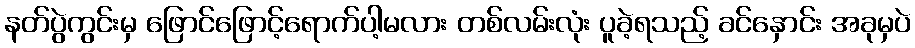
နတ်ပွဲကွင်းမှ ဖြောင်ဖြောင့်ရောက်ပါ့မလား တစ်လမ်းလုံး ပူခဲ့ရသည့် ခင်နှောင်း အခုမှပဲ